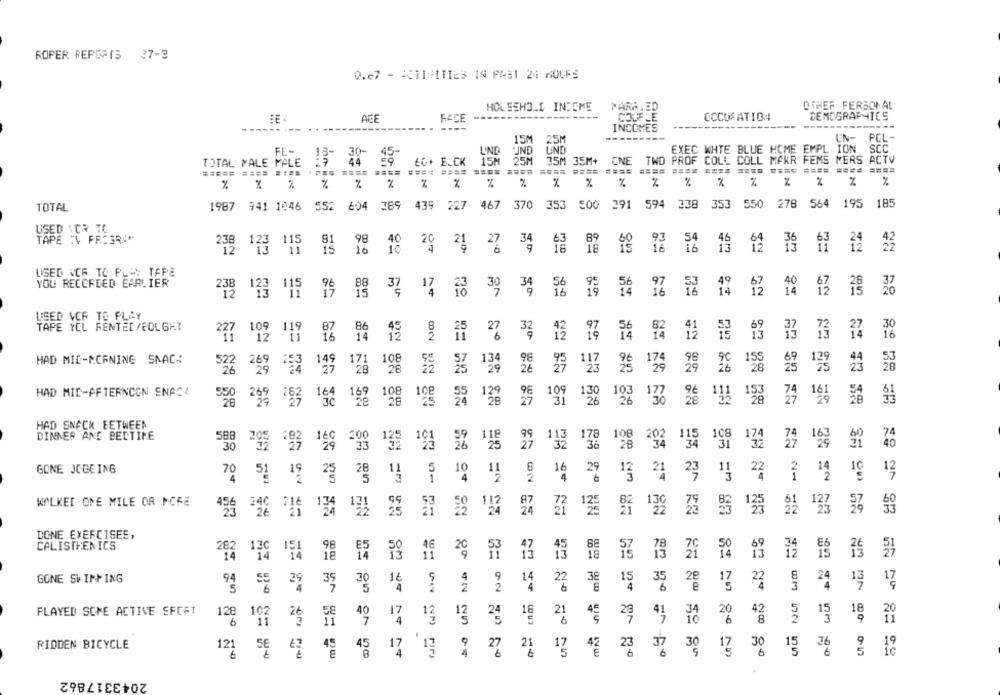
ROPER REPORTS 27-9
0.67 - ACTIVITIES IN PAS1 24 HOURS
HOUSEHOLD INCOME
MARRIED
OTHER PERSONAL
AGE
FACE
------
COLF LE
CCCUSATI04
DEMOGRAPHICS
----
-----
----
INCOMES
15M
25M
LN-
PCL-
FF'-
LIND
PIND
LIND
EXEC WHTE BLUE HOME EMPL ION
SCC
13-
25M
35M 35M+
CNE
TWO PROF COLL COLL MAKR FEMS MERS
ACTV
TOTAL MALE MALE
27 44
44
EG+ E_CK
15M
===== ==== ====
==== ====
==== ====
====
====
%
%
%
%
% % % %
%
%
%
%
%
% %
%
TOTAL
1987 941 1046 552 604 389 439
227
467
370 353 500 291 594 238 353 550
278 564
195 185
02
USED 1ER 19
TAPE :\ FRE3RX"
115
12
123
18
20
2%
4 -0
13
12
35
4 32 22
USED VOR TO PL : TAPE
YOU RECCFEED EARLIER
115
96
37
30
34
14
i2
经得 る
12 173
17
18
USED VCF TO PLAY
TAPE YCL RENTED/EOUGHT
109
119
86
227 1
12
3
HAD MID-MORNING SNACK
98
522 269
171
108
134
129
28
129
HAD MID-AFTERNOON ENACI
109
74
550
169
108
28
103
177
27
8º BR SR
31
HAD SNACK EETWEER
DINNER AND BEDTIME
178
108
108
74
115
202
115
132
163
40
299
36
28
31
GONE JOGEING
10
70
51
25
11
2%
13
22
EN V-
WALKED ONE MILE OR MORE
117
456
1.34
24
125
130
64 137
DONE EXERCISES,
CALISTHENICS
88
20
13
21
NO
GONE SWIMMING
14
38
22
29
39
28
3
13
PLAYED SCHE ACTIVE SPORT
21
128 102
26 58
17
13
24
41
20
15
18
6
6
6
RIDDEN BICYCLE
121
45
17
27
21
42
37
30
15
36
== = == ==
== == == ==
2043317862